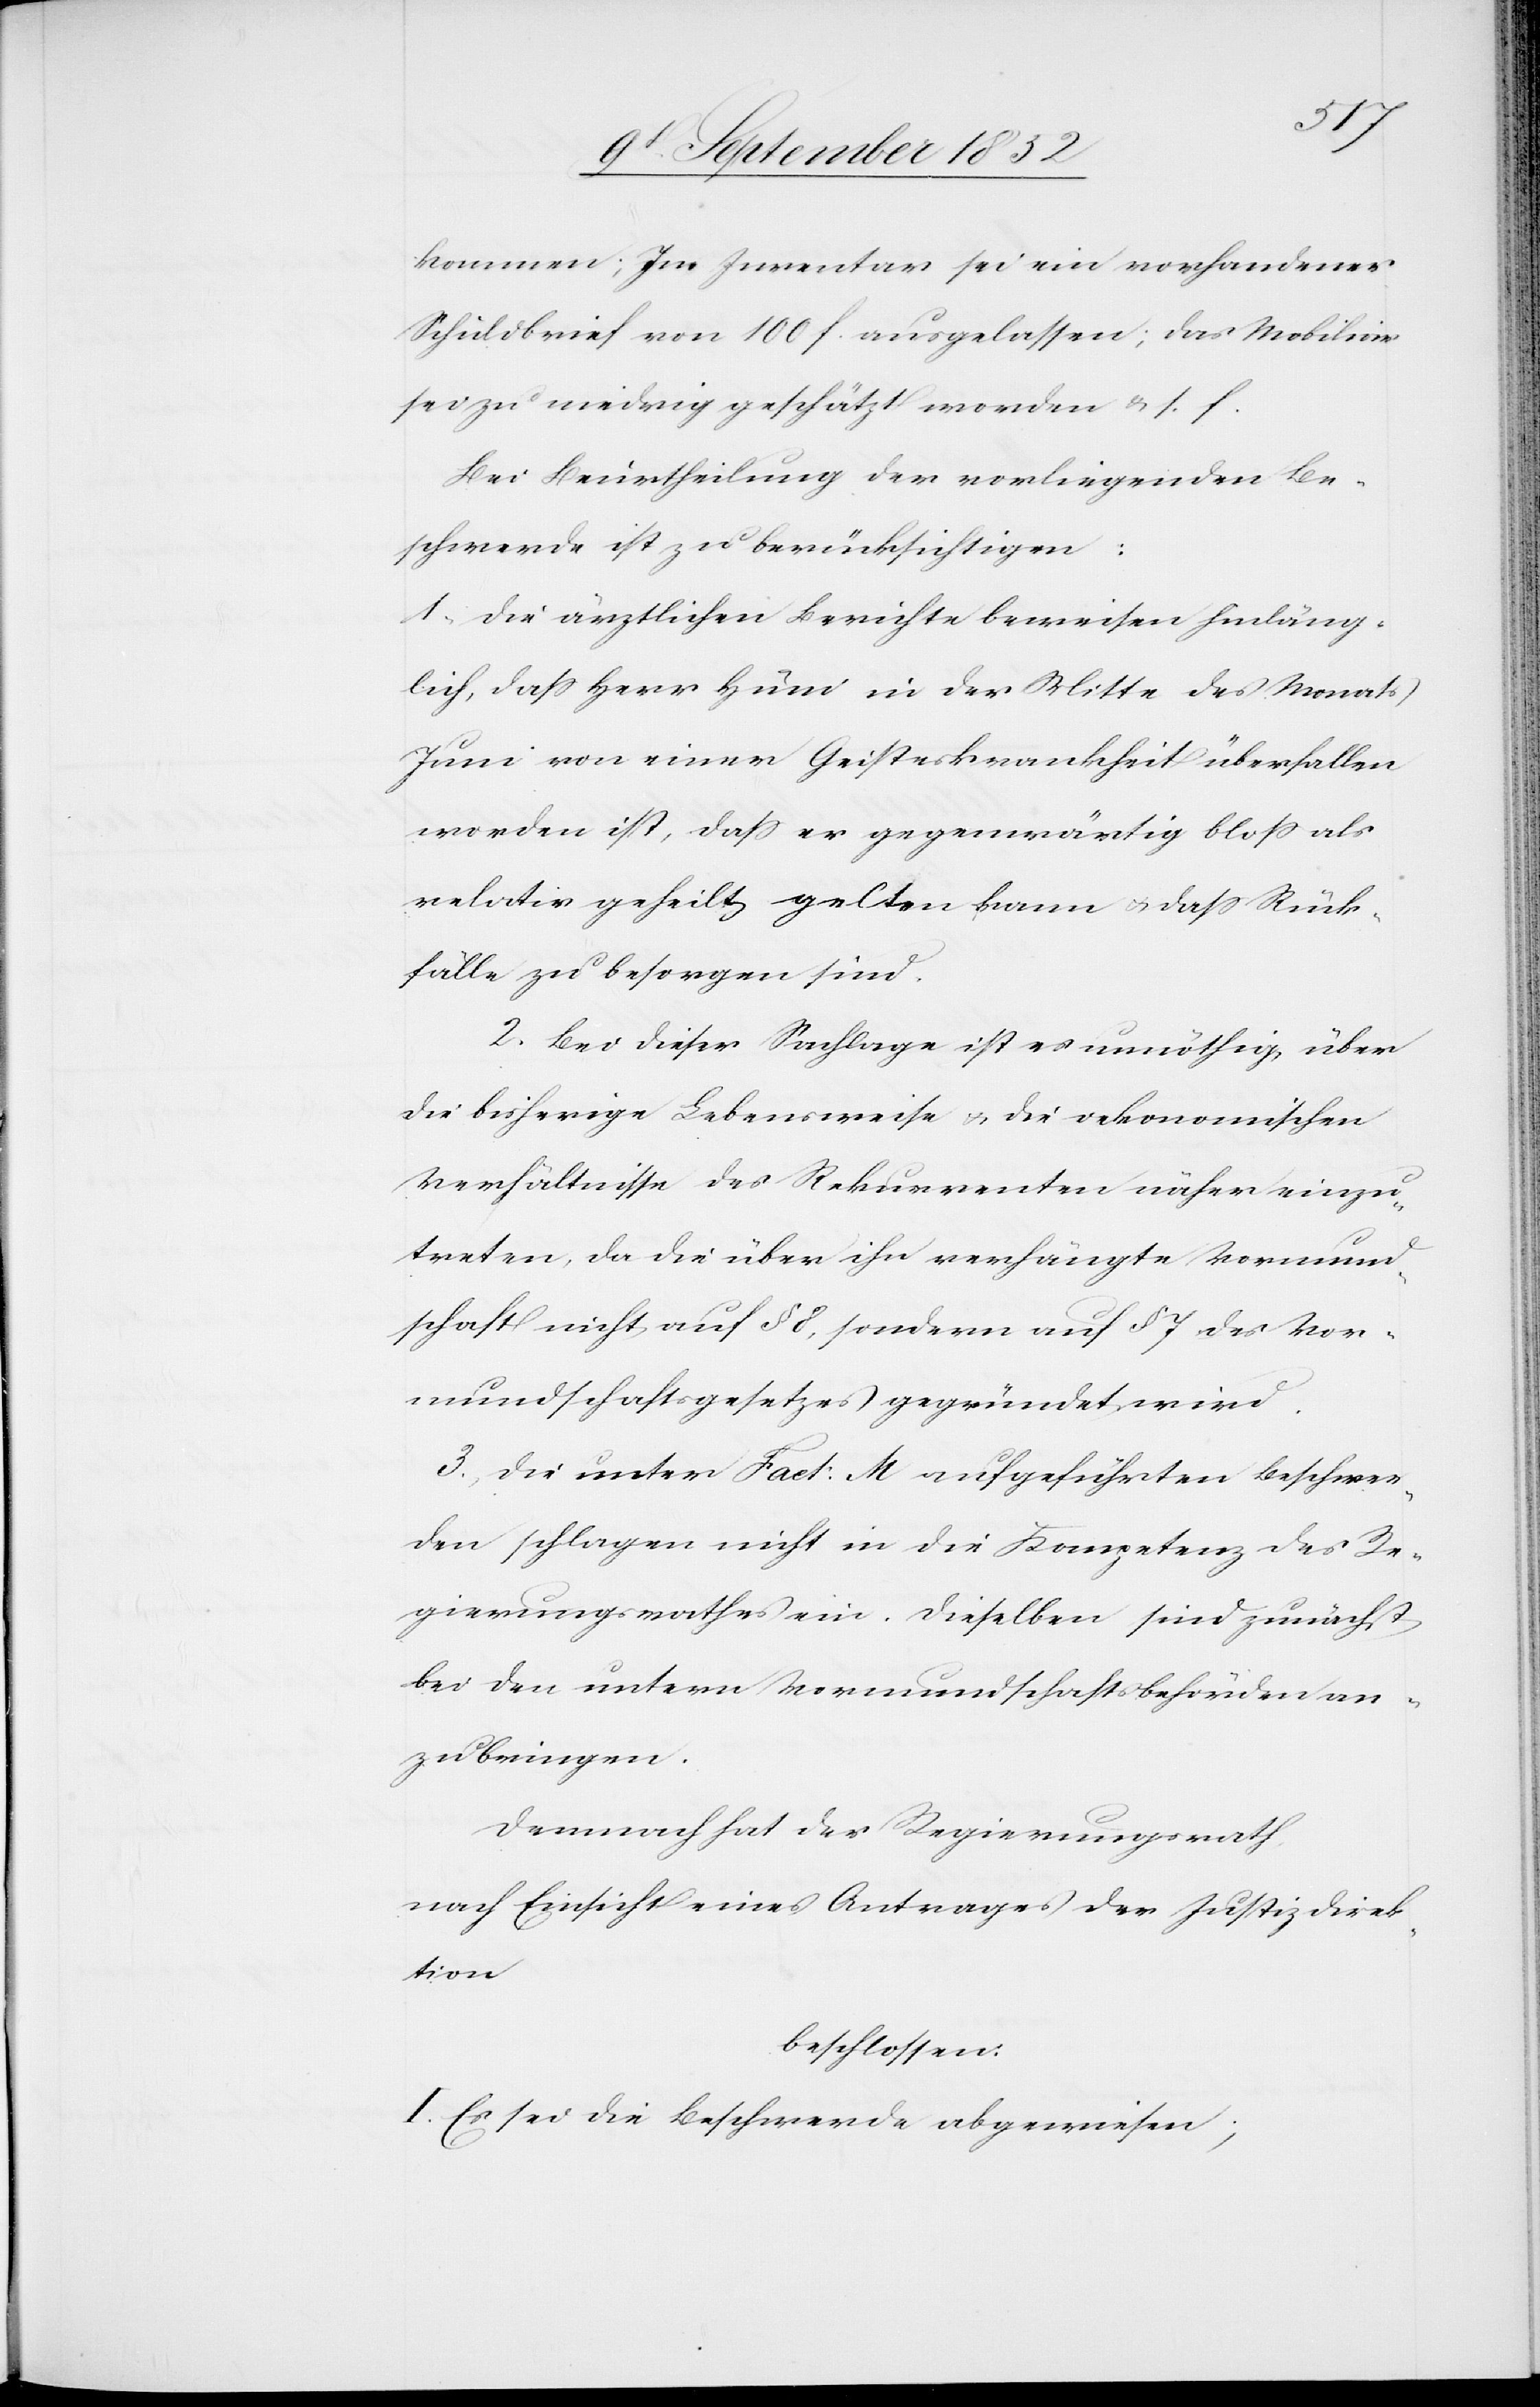
kommen; Im Inventar sei ein vorhandener
Schuldbrief von 100 f. ausgelassen; das Mobiliar
sei zu niedrig geschätzt worden & s. f.
Bei Beurtheilung der vorliegenden Be¬
schwerde ist zu berücksichtigen:
1, Die ärztlichen Berichte beweisen hinläng¬
lich, dass Herr Hüni in der Mitte des Monats
Juni von einer Geisteskrankheit überfallen
worden ist, dass er gegenwärtig bloss als
relativ geheilt gelten kann & dass Rück¬
fälle zu besorgen sind.
2. Bei dieser Sachlage ist es unnöthig über
die bisherige Lebensweise & die oekonomischen
Verhältnisse des Rekurrenten näher einzu¬
treten, da die über ihn verhängte Vormund¬
schaft nicht auf § 8, sondern auf § 7 des Vor¬
mundschaftsgesetzes gegründet wird.
3, Die unter Fact: M aufgeführten Beschwer¬
den schlagen nicht in die Kompetenz des Re¬
gierungsrathes ein. Dieselben sind zunächst
bei den untern Vormundschaftsbehörden an¬
zubringen.
Demnach hat der Regierungsrath,
nach Einsicht eines Antrages der Justizdirek¬
tion
beschlossen:
I. Es sei die Beschwerde abgewiesen;